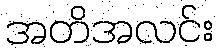
အတိအလင်း